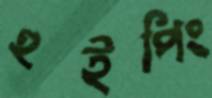
হুইপিং